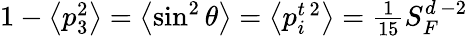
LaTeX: \begin{array}{r}{1-\left\langle p_{3}^{2}\right\rangle=\left\langle\sin^{2}\theta\right\rangle=\left\langle p_{i}^{t\, 2}\right\rangle=\frac{1}{15}S_{F}^{d\, -2}}\end{array}